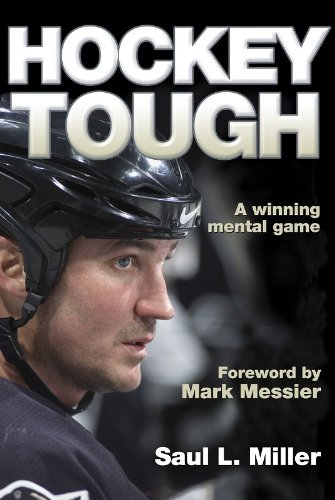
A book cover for Hockey Tough; Saul Miller; Sports & Outdoors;